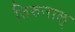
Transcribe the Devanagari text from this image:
तिरुनाल्